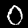
Label: 0